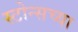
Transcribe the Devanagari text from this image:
स्टोन्सच्या